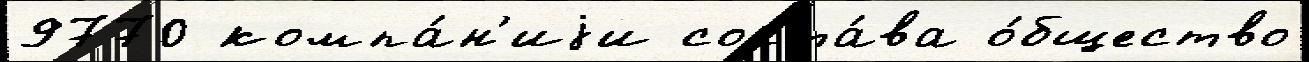
9770 компа́н'иjи соста́ва о́бщество